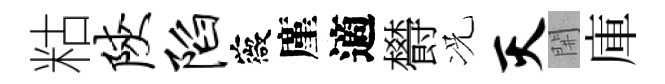
䊀陕陷薇廑適欎况灭𨳩庫